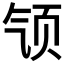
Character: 𱂡